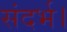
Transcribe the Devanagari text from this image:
संदर्भ।